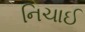
નિચાઈ